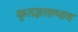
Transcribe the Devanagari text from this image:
कृतज्ञताभाव